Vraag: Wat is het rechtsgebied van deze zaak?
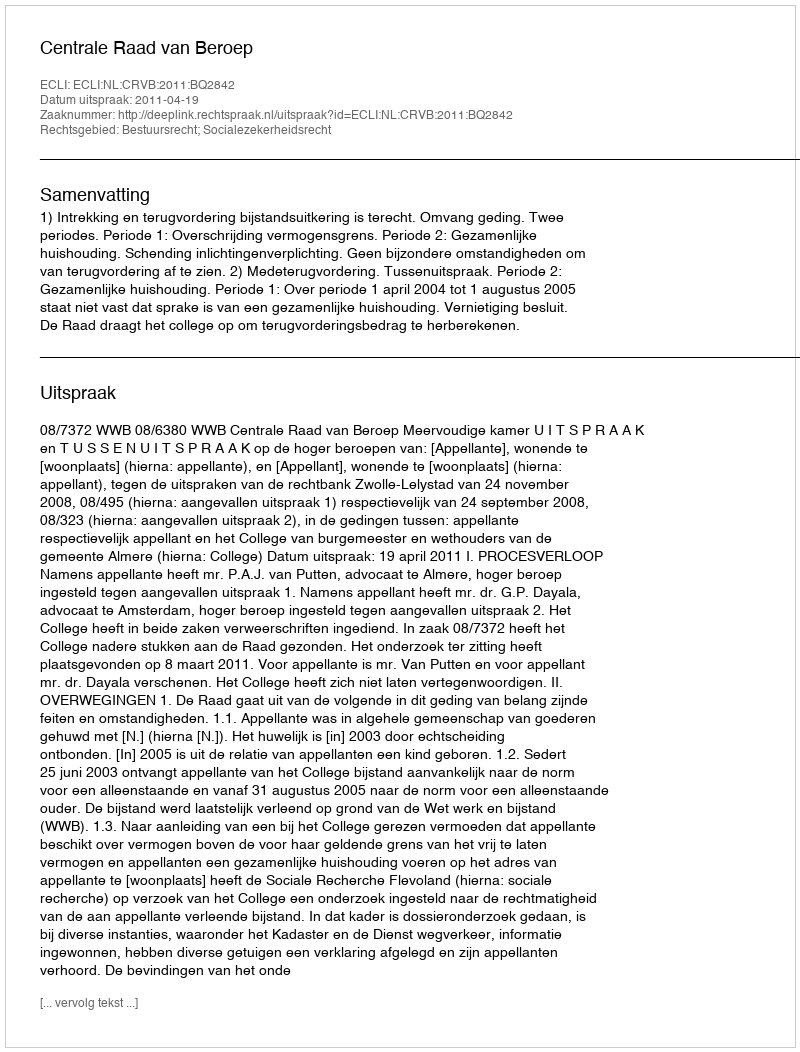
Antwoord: Bestuursrecht; Socialezekerheidsrecht